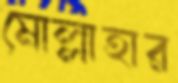
মোল্লাহার